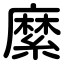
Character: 縻